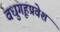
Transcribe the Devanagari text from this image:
वधुगृहप्रवेश